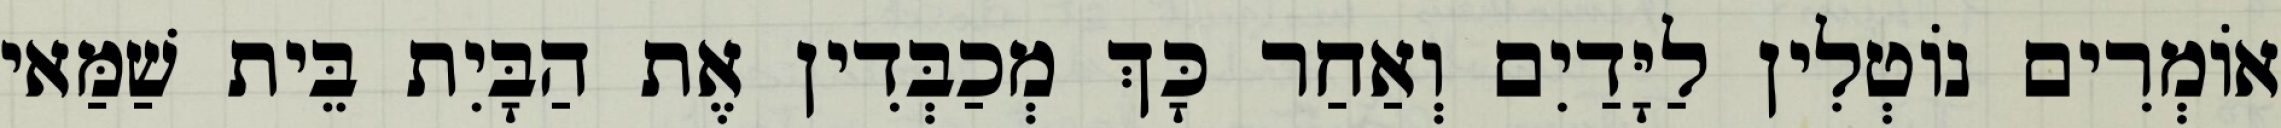
אוֹמְרִים נוֹטְלִין לַיָּדַיִם וְאַחַר כָּךְ מְכַבְּדִין אֶת הַבָּיִת בֵּית שַׁמַּאי